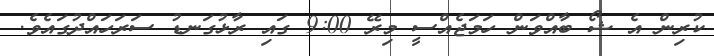
ކުރިން އެ ޝޯ ބާއްވަން ހަމަޖެއްސީ މިރޭ 9:00 ގައި ރާޅުގަނޑު ސަރަހައްދުގައެވެ.